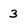
Character: 3